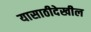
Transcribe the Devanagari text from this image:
यासाठीदेखील